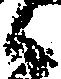
候